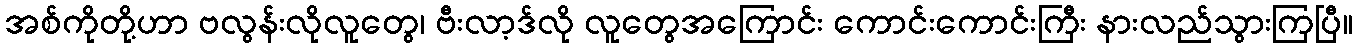
အစ်ကိုတို့ဟာ ဗလွန်းလိုလူတွေ၊ ဗီးလာ့ဒ်လို လူတွေအကြောင်း ကောင်းကောင်းကြီး နားလည်သွားကြပြီ။